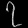
Digit: ၇